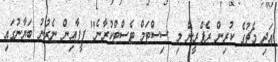
އަދި މެޗުގެ ކުރިން ރެފްރީން މި ސިސްޓަމް ޓެސްޓްކުރާނެ" ފީފާއިން ނެރުނު ބަޔާނުގައި